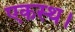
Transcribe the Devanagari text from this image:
एकस्थ।